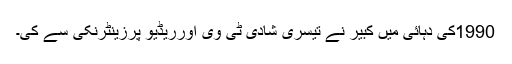
1990کی دہائی میں کبیر نے تیسری شادی ٹی وی اورریڈیو پرزینٹرنکّی سے کی۔